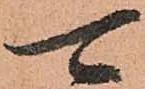
可